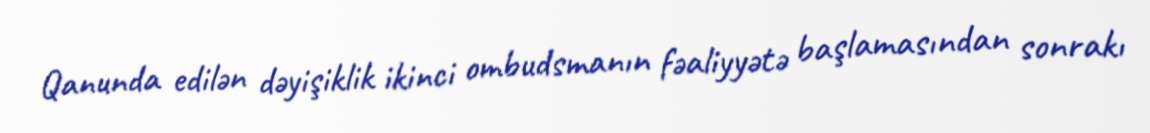
Qanunda edilən dəyişiklik ikinci ombudsmanın fəaliyyətə başlamasından sonrakı